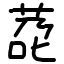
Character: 莻